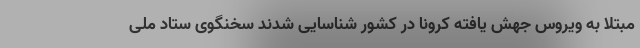
مبتلا به ویروس جهش یافته کرونا در کشور شناسایی شدند سخنگوی ستاد ملی